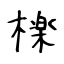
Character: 檪